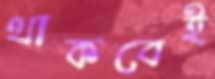
থাকবেই